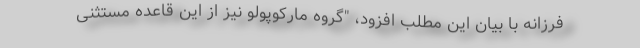
فرزانه با بیان این مطلب افزود، "گروه مارکوپولو نیز از این قاعده مستثنی